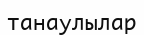
танаулылар